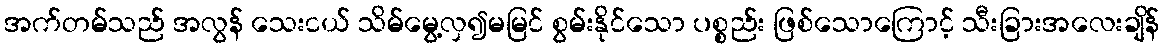
အက်တမ်သည် အလွန် သေးငယ် သိမ်မွေ့လှ၍မမြင် စွမ်းနိုင်သော ပစ္စည်း ဖြစ်သောကြောင့် သီးခြားအလေးချိန်